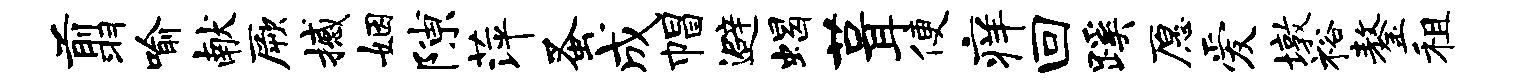
翦喻献厥撼姻隙萍蚤成帽避蝎葺便痒回蹊愿爱墩裕鏊租